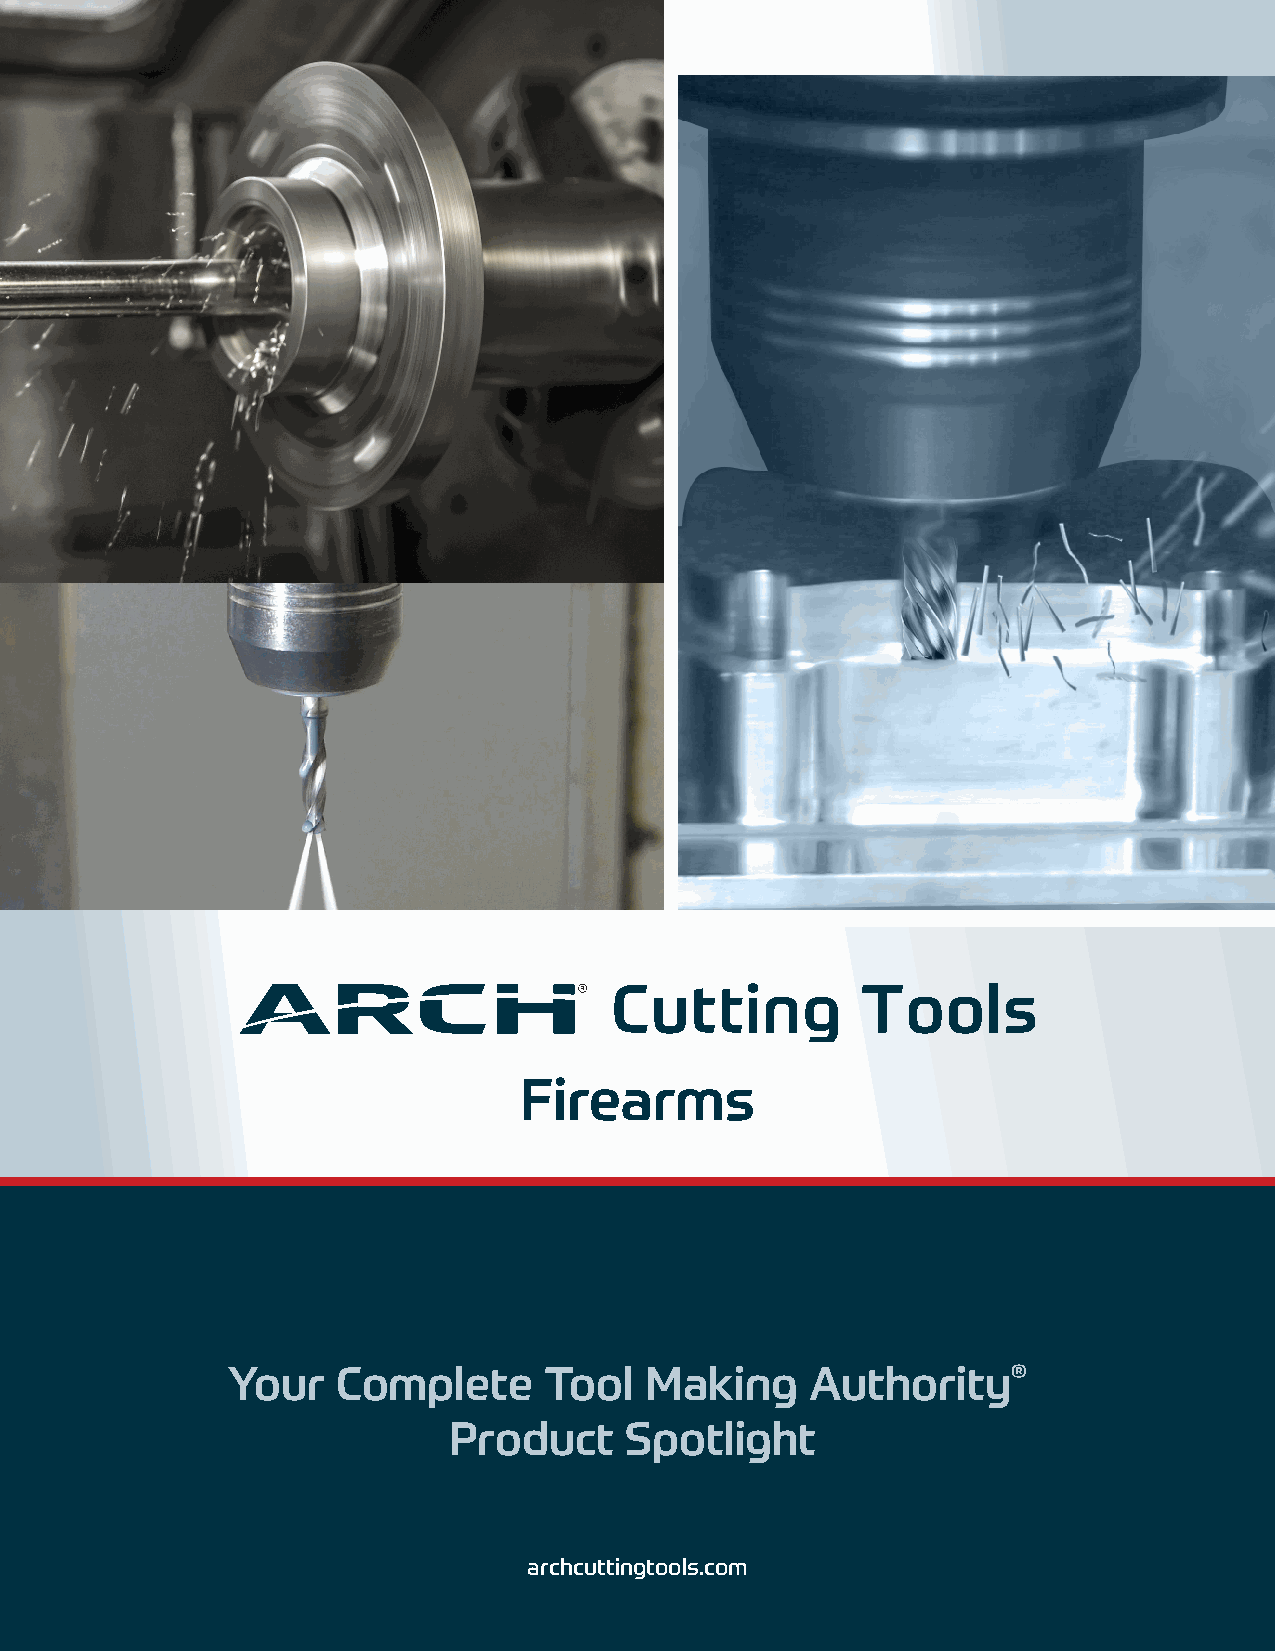
Firearms
 Your   Complete      Tool   Making     Authority®
 Product    Spotlight
 archcuttingtools.com